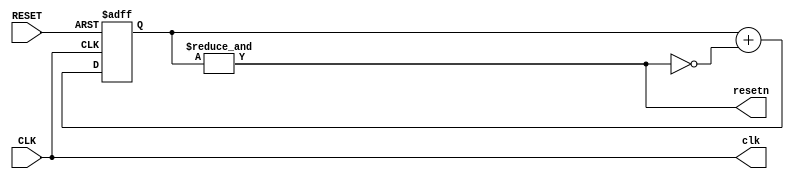
/*
 * Clockworks includes
 *   - gearbox to divide clock frequency, used
 *     to let you observe how the design behaves
 *     one cycle at a time.
 *   - PLL to generate faster clock
 *   - reset mechanism that resets the design
 *     during the first microseconds because
 *     reading in Ice40 BRAM during the first 
 *     few microseconds returns garbage !
 *     (made me bang my head against the wall). 
 * 
 * Parameters
 *     SLOW number of bits of gearbox. Clock divider
 *       is (1 << SLOW)
 * 
 * Macros
 *     NEGATIVE_RESET if board's RESET pin goes low on reset
 *     ICE_STICK if board is an IceStick.
 */    
`ifdef ECP5_EVN
`define NEGATIVE_RESET
`endif

`ifdef ARTY
`define NEGATIVE_RESET
`endif

module Clockworks 
(
   input  CLK,   // clock pin of the board
   input  RESET, // reset pin of the board
   output clk,   // (optionally divided) clock for the design.
                 // divided if SLOW is different from zero.
   output resetn // (optionally timed) negative reset for the design
);               
   parameter SLOW=0;

   generate

/****************************************************

 Slow speed mode.
 - Create a clock divider to let observe what happens.
 - Nothing special to do for reset
 
 ****************************************************/
      if(SLOW != 0) begin
	 // Factor is 1 << slow_bit.
	 // Since simulation is approx. 16 times slower than
	 // actual device we use different factor for bosh.
`ifdef BENCH
   localparam slow_bit=SLOW-4;
`else
   localparam slow_bit=SLOW;
`endif
	 reg [slow_bit:0] slow_CLK = 0;
	 always @(posedge CLK) begin
	    slow_CLK <= slow_CLK + 1;
	 end
	 assign clk = slow_CLK[slow_bit];

`ifdef NEGATIVE_RESET
	 assign resetn = RESET;
`else
	 assign resetn = !RESET;
`endif


/****************************************************

 High speed mode.
 - Nothing special to do for the clock
 - A timer that resets the design during the first
   few microseconds, because reading in Ice40 BRAM 
   during the first few microseconds returns garbage !
   (made me bang my head against the wall).
 
 ****************************************************/
	 
      end else begin 
	
`ifdef CPU_FREQ	
        femtoPLL #(
          .freq(`CPU_FREQ)
        ) pll(
           .pclk(CLK),
           .clk(clk)
	);
`else
        assign clk=CLK;
`endif


// Preserve resources on Ice40HX1K (IceStick) with 
// carefully tuned counter (12 bits suffice). 
// For other FPGAs, use larger counter.
`ifdef ICE_STICK
	 reg [11:0] 	    reset_cnt = 0;
`else   
	 reg [15:0] 	    reset_cnt = 0;
`endif   
	 assign resetn = &reset_cnt;

`ifdef NEGATIVE_RESET
	 always @(posedge clk,negedge RESET) begin
	    if(!RESET) begin
	       reset_cnt <= 0;
	    end else begin
	       reset_cnt <= reset_cnt + !resetn;
	    end
	 end
`else   
	 always @(posedge clk,posedge RESET) begin
	    if(RESET) begin
	       reset_cnt <= 0;
	    end else begin
	       /* verilator lint_off WIDTH */
	       reset_cnt <= reset_cnt + !resetn;
	       /* verilator lint_on WIDTH */	       
	    end
	 end
`endif   
      end
   endgenerate

endmodule